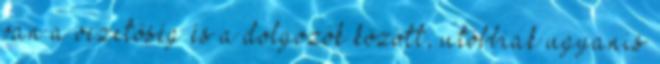
van a vezetőség és a dolgozók között, utóbbiak ugyanis